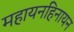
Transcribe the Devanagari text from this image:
महायनहिनायन